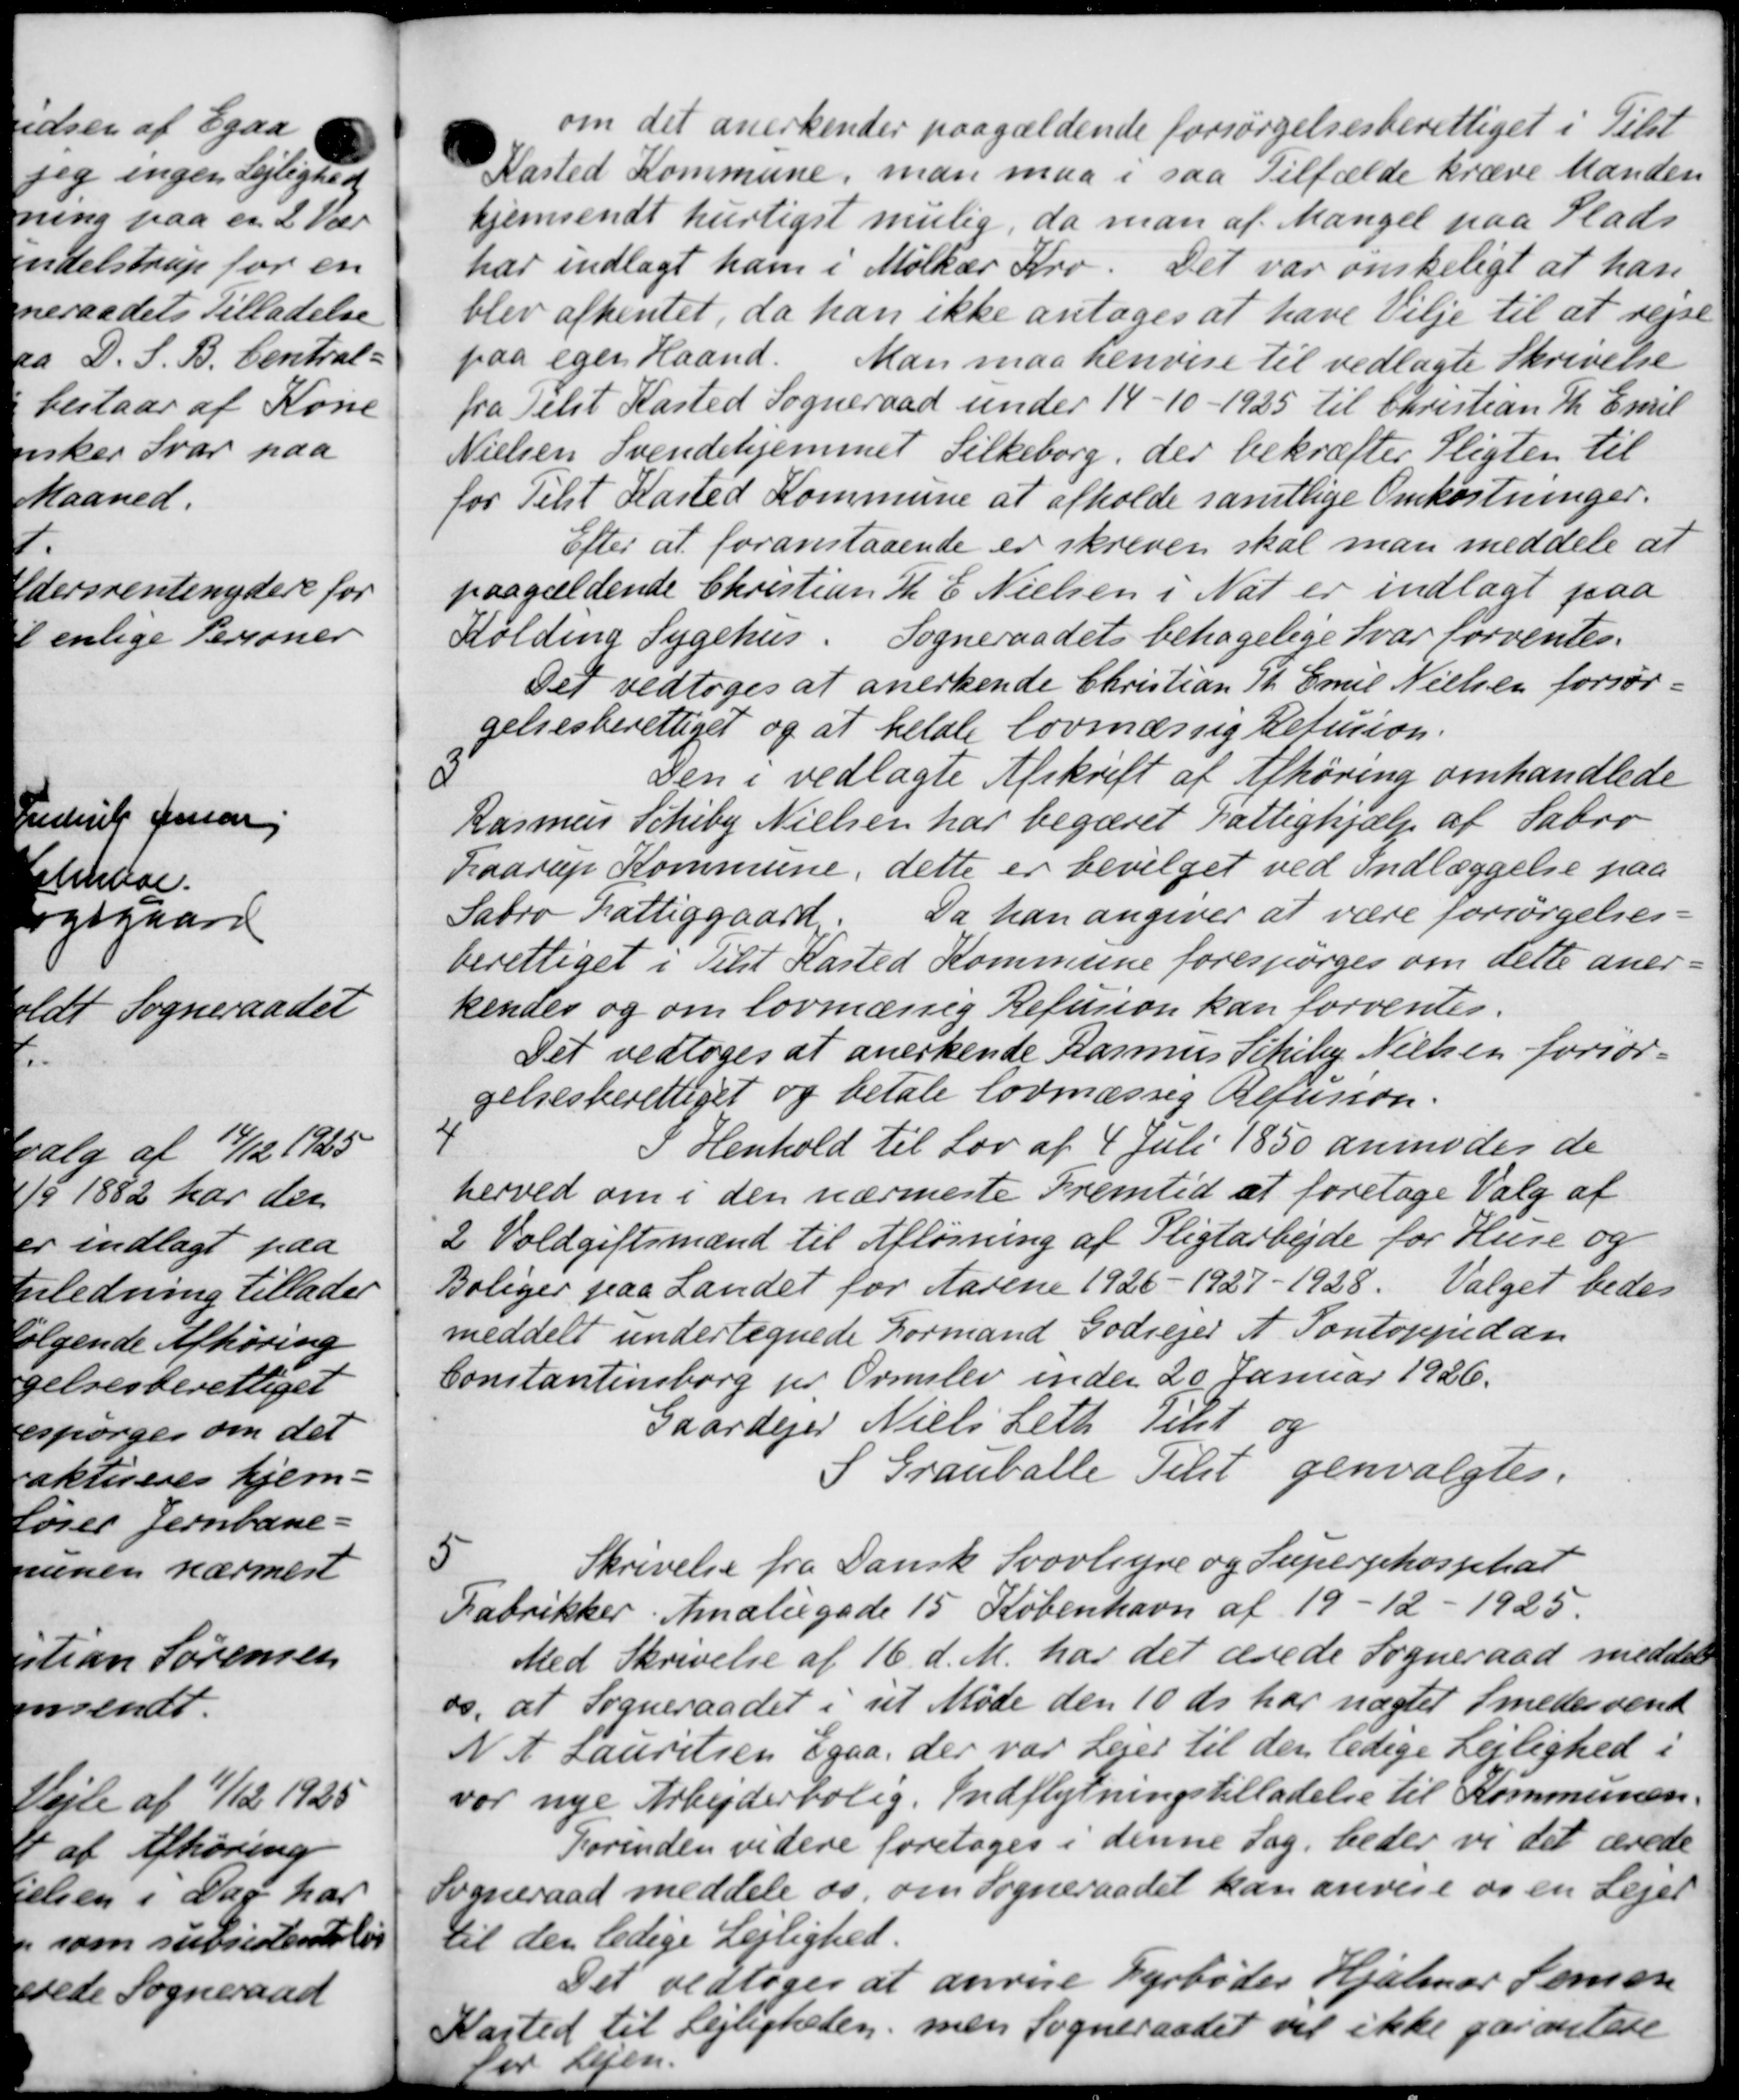
Transskription:
om det anerkender paagældende forsørgelsesberettiget i Tilst
Kasted Kommune, man maa i saa Tilfælde kræve Manden
hjemsendt hurtigst mulig, da man af Mangel paa Plads
har indlagt ham i Møller Kro. Det var ønskeligt at han
blev afhentet, da han ikke antoges at have Vilje til at rejse
paa egen Haand.
Man maa henvise til vedlagte Skrivelse
fra Telst Kasted Sogneraad under 14-10 - 1925 til Christian Th. Emil
Nielsen Svendehjemmet Silkeborg, der bekræfter Pligten til
for Tilst Kasted Kommune at afholde samtlige Omkostninger.
Efter at foranstaaende er skreven skal man meddele at
paagældende Christian Th. E. Nielsen i Nat er indlagt paa
Kolding Sygehus. Sogneraadets behagelige Svar forventes.
Det vedtoges at anerkende Christian Th. Emil Nielsen forsør-
gelsesberettiget og at betale lovmæssig Refusion.
3
Den i vedlagte Afskrift af Afhøring omhandlede
Rasmus Schiby Nielsen har begæret Fattighjælp af Sabro
Faarup Kommune, dette er bevilget ved Indlæggelse paa
Sabro Fattiggaard. Da han angiver at være forsørgelses-
berettiget i Tilst Kasted Kommune forespørges om dette aner-
kendes og om lovmæssig Refusion kan forventes.
Det vedtoges at anerkende Rasmus Schiby Nielsen forsør-
gelsesberettiget og betale lovmæssig Refusion.
4.
I Henhold til Lov af 4 Juli 1850 anmoder de
herved om i den nærmeste Fremtid at foretage Valg af
2 Voldgiftsmænd til Afløsning af Pligtarbejde for Huse og
Boliger paa Landet for Aarene 1926 - 1927 - 1928. Valget bedes
meddelt undertegnede Formand Godsejer A. Pontoppidan
Contantinsborg pr. Ormslev inden 20 Januar 1926.
Gaardejer Niels Leth Tilst og
S Grauballe Tekst genvalgtes.
5
Skrivelse fra Dansk Svovligne og Supergehosphar
Fabrikker. Amaliegade 15 København af 19 - 12 - 1925.
Med Skrivelse af 16 d. M. har det ærede Sogneraad meddele
os, at Sogneraadet i sit Møde den 10 ds. har nægtet Smedesvend
N. A. Lauritsen Egaa, der var Lejer til den ledige Lejlighed i
var nye Arbejderbolig. Indflytningstilladelse til Kommunen.
Forinden videre foretoges i denne Sag, beder vi det ærede
Sogneraad meddele os om Sogneraadet kan anvise os en Lejet
til den ledige Lejlighed.
Det vedtoges at anvise Fyrbøder Hjalmar Semen
Kasted til Lejligheden, men Sogneraadet vil ikke garantere
or Lesen.